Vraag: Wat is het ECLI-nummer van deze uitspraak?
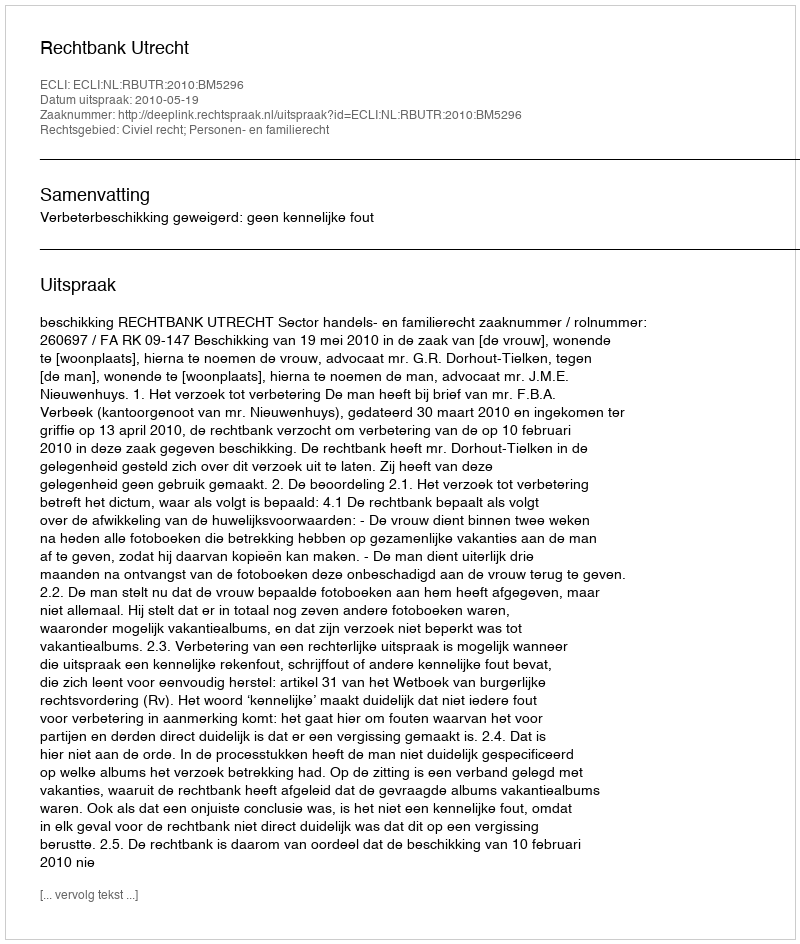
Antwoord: ECLI:NL:RBUTR:2010:BM5296